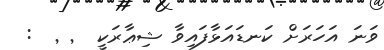
ވަނަ އަހަރަށް ކަނޑައަޅާފައިވާ ޝިޢާރަކީ